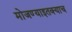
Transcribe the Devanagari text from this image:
मोजण्याइतक्याच